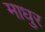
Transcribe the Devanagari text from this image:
माधुर